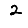
Digit: 2